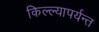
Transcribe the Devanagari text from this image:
किल्ल्यापर्यन्त